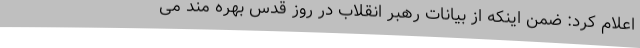
اعلام کرد: ضمن اینکه از بیانات رهبر انقلاب در روز قدس بهره مند می